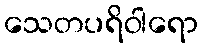
သေတပရိဝါရော